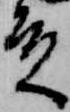
殿